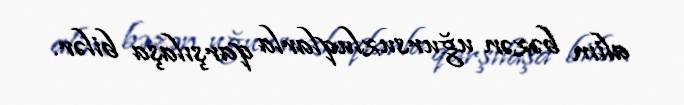
alim bəzən uğursuzluqlarla qarşılaşa bilər.